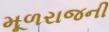
મૂળરાજની